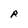
Character: R